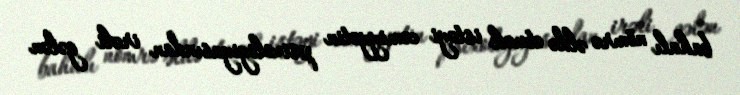
bahalı nömrə əldə etmək istəyi cəmiyyətin psixologiyasından irəli gələn